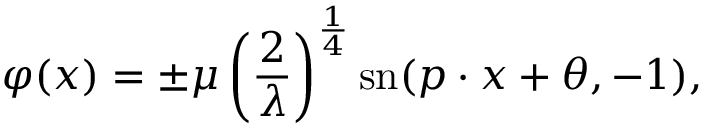
\varphi ( x ) = \pm \mu \left( { \frac { 2 } { \lambda } } \right) ^ { \frac { 1 } { 4 } } \mathrm { { s n } } ( p \cdot x + \theta , - 1 ) ,